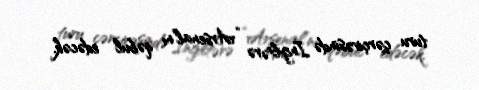
turu çərçivəsində İngiltərə “Arsenal”nı qəbul edəcək.